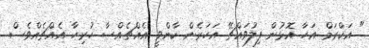
" އަކްރަމް އަހާ އޮޅުން ފިލުވައްޗޭ އަހަރެން ކާންވީ އެއްޗެއްސާ ހުރިހާ އެއްޗެއްވެސް